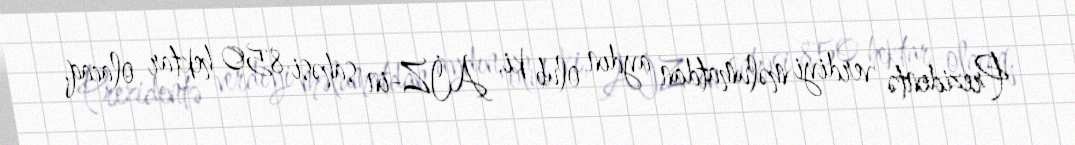
Prezidentə verdiyi məlumatdan aydın olub ki, AİZ-in sahəsi 850 hektar olacaq.